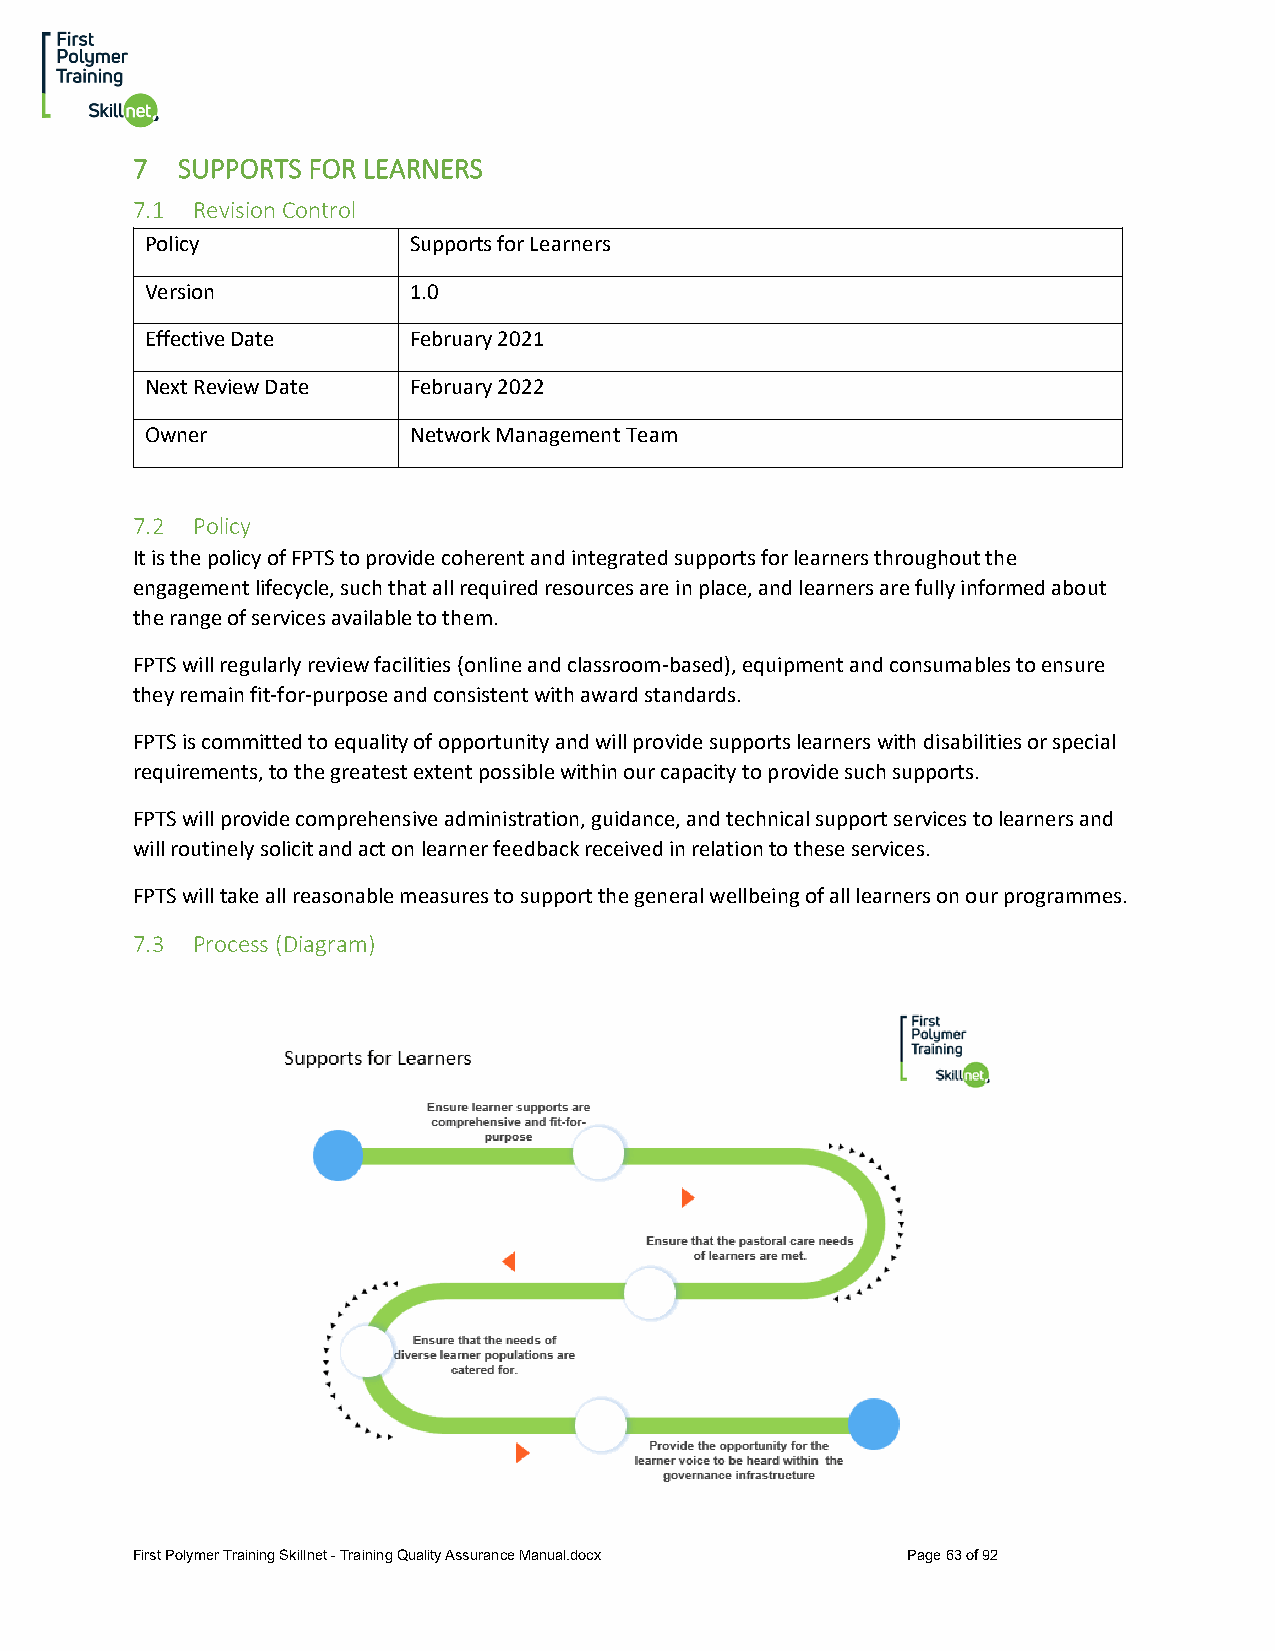
7  SUPPORTS FOR LEARNERS
 7.1 Revision Control
 Policy           Supports for Learners
 Version          1.0
 Effective Date   February 2021
 Next Review Date February 2022
 Owner            Network Management Team
 7.2 Policy
 It is the policy of FPTS to provide coherent and integrated supports for learners throughout the
 engagement lifecycle, such that all required resources are in place, and learners are fully informed about
 the range of services available to them.
 FPTS will regularly review facilities (online and classroom-based), equipment and consumables to ensure
 they remain fit-for-purpose and consistent with award standards.
 FPTS is committed to equality of opportunity and will provide supports learners with disabilities or special
 requirements, to the greatest extent possible within our capacity to provide such supports.
 FPTS will provide comprehensive administration, guidance, and technical support services to learners and
 will routinely solicit and act on learner feedback received in relation to these services.
 FPTS will take all reasonable measures to support the general wellbeing of all learners on our programmes.
 7.3 Process (Diagram)
 First Polymer Training Skillnet - Training Quality Assurance Manual.docx Page 63 of 92